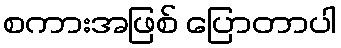
စကားအဖြစ် ပြောတာပါ